Dysentery and liver abscess in Bombay - Number 47
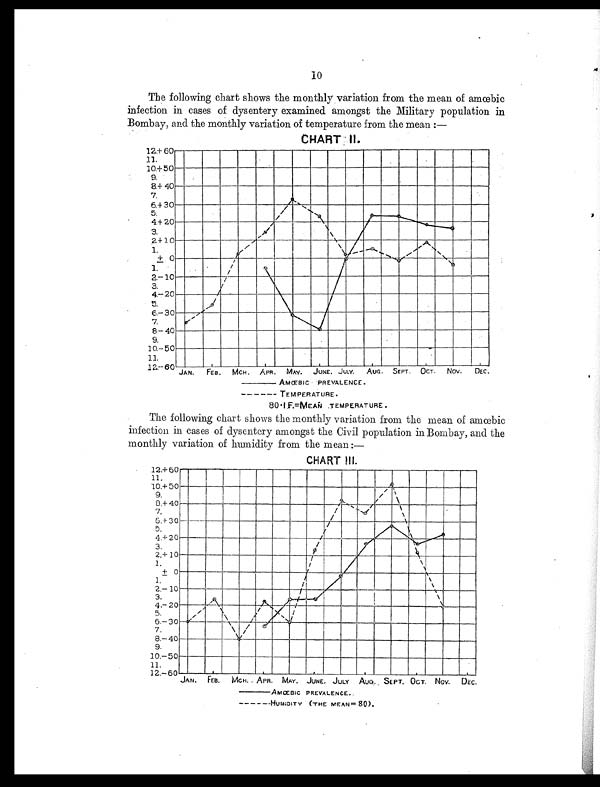
10
The following chart shows the monthly variation from the mean of amœbic
infection in cases of dysentery examined amongst the Military population in
Bombay, and the monthly variation of temperature from the mean :
—
CHART II.
AMŒEBIC PREVALENCE.
TEMPERATURE.
8 0 I . F . = M E A N T E M P E R A T U R E
The following chart shows the monthly variation from the mean of amœbic
infection in cases of dysentery amongst the Civil population in Bombay, and the
monthly variation of humidity from the mean :
—
CHART III.
AMŒBIC PREVALENCE.
HUMIDITY (THE MEAN=80).